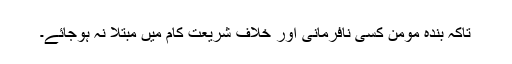
تاکہ بندہ مومن کسی نافرمانی اور خلاف شریعت کام میں مبتلا نہ ہوجائے۔